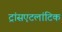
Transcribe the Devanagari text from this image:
ट्रांसएटलांटिक